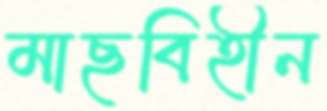
মাছবিহীন